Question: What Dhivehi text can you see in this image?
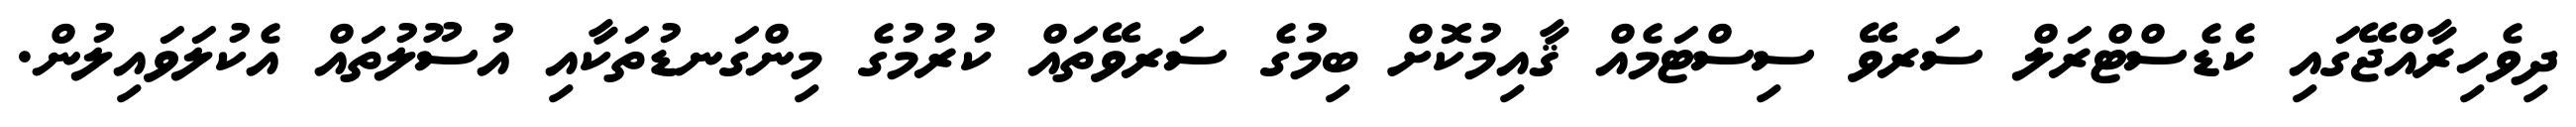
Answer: ދިވެހިރާއްޖޭގައި ކެޑެސްޓްރަލް ސަރވޭ ސިސްޓަމެއް ޤާއިމުކޮށް ބިމުގެ ސަރވޭތައް ކުރުމުގެ މިންގަނޑުތަކާއި އުސޫލުތައް އެކުލަވައިލުން.